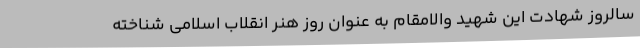
سالروز شهادت این شهید والامقام به عنوان روز هنر انقلاب اسلامی شناخته